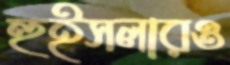
হুইসলারও